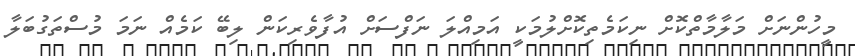
މީހުންނަށް މަލާމާތްކޮށް ނިކަމެތިކޮށްލުމަކީ އަމިއްލަ ނަފްސަށް އުފާވެރިކަން ލިބޭ ކަމެއް ނަމަ މުސްތަގުބަލާ